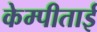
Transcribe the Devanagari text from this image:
केम्पीताई